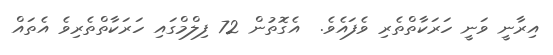
އިރާނީ ވަނީ ހަރަކާތްތެރި ވެފައެވެ.  އެގޮތުން 72 ފިލްމްގައި ހަރަކާތްތެރިވެ އެތައް